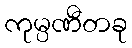
ကုမ္ပဏီတခု